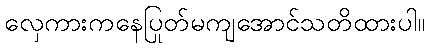
လှေကားကနေပြုတ်မကျအောင်သတိထားပါ။